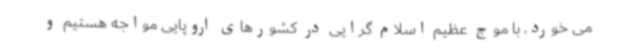
می خورد، با موج عظیم اسلام گرایی در کشورهای اروپایی مواجه هستیم و